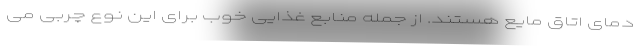
دمای اتاق مایع هستند. از جمله منابع غذایی خوب برای این نوع چربی می